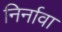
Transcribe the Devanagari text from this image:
निर्नावा